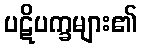
ပဋိပက္ခများ၏